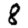
Digit: 8